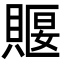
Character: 䞁